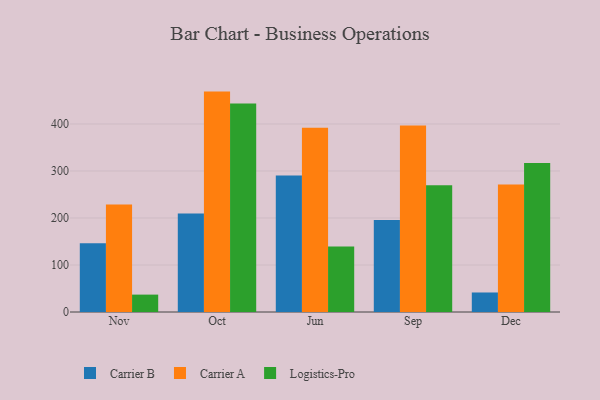
{"axis": {"x": "Month", "y": "Shipments"}, "legend": ["Carrier A", "Carrier B", "Logistics-Pro"], "data": [{"x": "Nov", "y": 146.5, "type": "Carrier B"}, {"x": "Nov", "y": 228.6, "type": "Carrier A"}, {"x": "Nov", "y": 37.0, "type": "Logistics-Pro"}, {"x": "Oct", "y": 209.6, "type": "Carrier B"}, {"x": "Oct", "y": 468.9, "type": "Carrier A"}, {"x": "Oct", "y": 443.4, "type": "Logistics-Pro"}, {"x": "Jun", "y": 290.2, "type": "Carrier B"}, {"x": "Jun", "y": 391.8, "type": "Carrier A"}, {"x": "Jun", "y": 139.1, "type": "Logistics-Pro"}, {"x": "Sep", "y": 195.8, "type": "Carrier B"}, {"x": "Sep", "y": 396.8, "type": "Carrier A"}, {"x": "Sep", "y": 269.8, "type": "Logistics-Pro"}, {"x": "Dec", "y": 41.5, "type": "Carrier B"}, {"x": "Dec", "y": 271.0, "type": "Carrier A"}, {"x": "Dec", "y": 317.1, "type": "Logistics-Pro"}]}